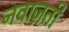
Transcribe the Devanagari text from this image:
नवाज़ती